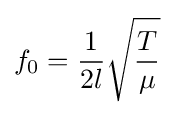
f_{\mathrm {0} }={\frac {1}{2l}}{\sqrt {\frac {T}{\mu }}}